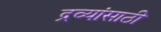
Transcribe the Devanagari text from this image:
द्रव्यांसाठी